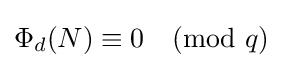
\Phi _{d}(N)\equiv 0{\pmod {q}}